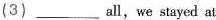
(3) ___ all,we stayed at